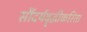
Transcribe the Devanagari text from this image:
सौंदर्यवॄद्धीकरिता